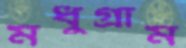
মধুগ্রাম